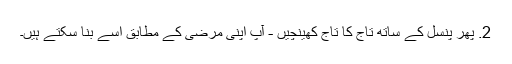
2. پھر پنسل کے ساتھ تاج کا تاج کھینچیں - آپ اپنی مرضی کے مطابق اسے بنا سکتے ہیں۔